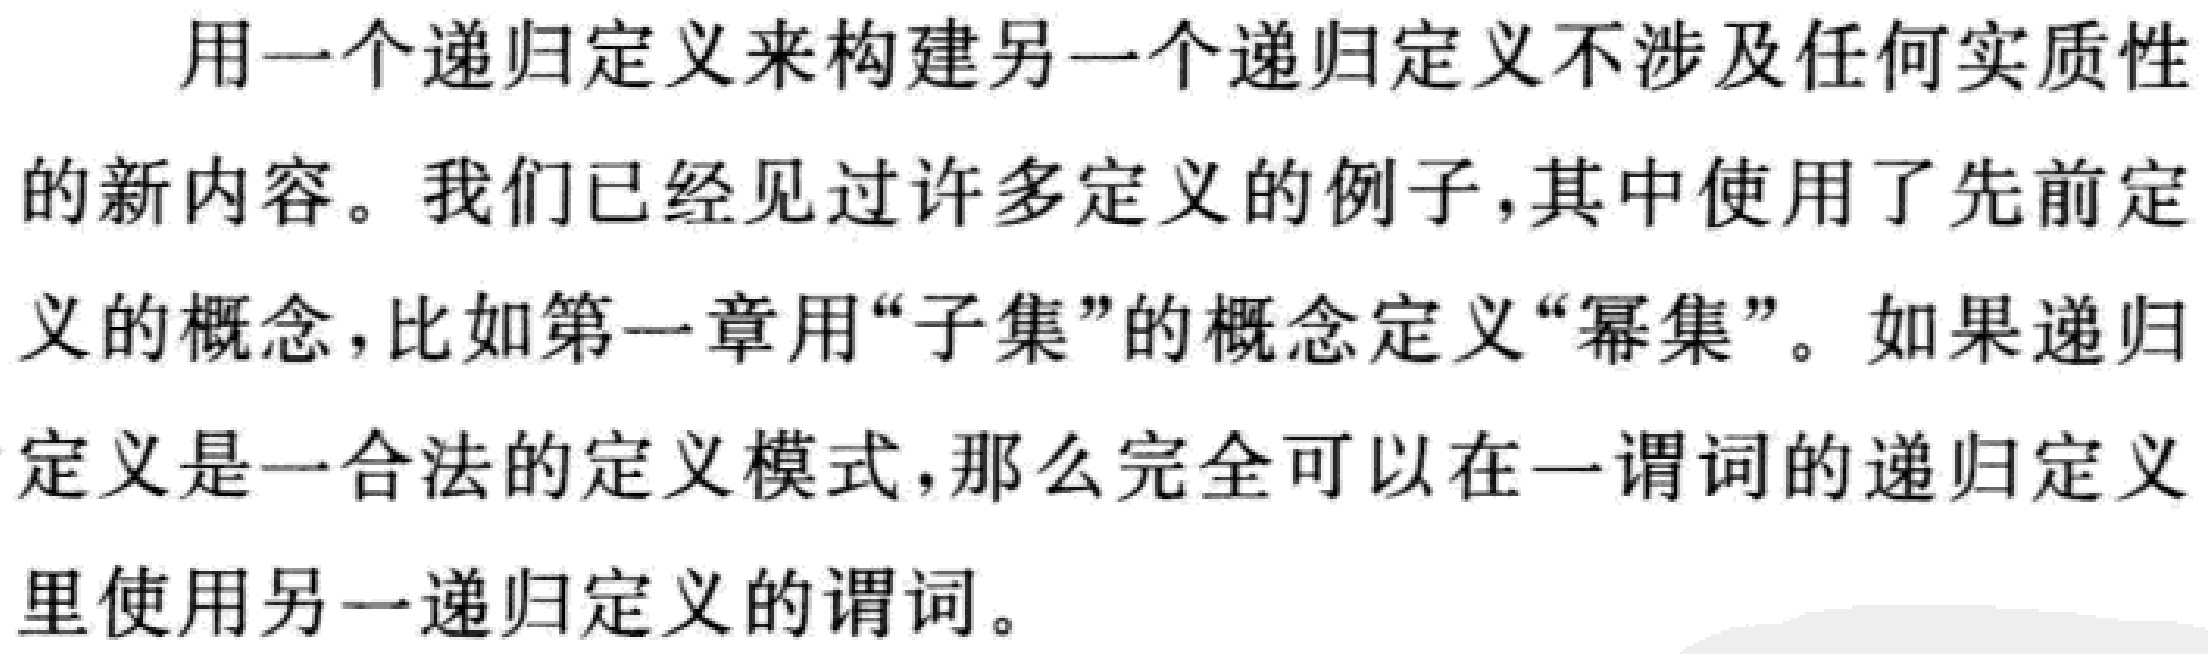
用一个递归定义来构建另一个递归定义不涉及任何实质性的新内容。我们已经见过许多定义的例子，其中使用了先前定义的概念，比如第一章用“子集”的概念定义“幂集”。如果递归定义是一合法的定义模式，那么完全可以在一谓词的递归定义里使用另一递归定义的谓词。